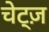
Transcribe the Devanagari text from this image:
चेट्ज़